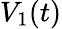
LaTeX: V_{1}(t)